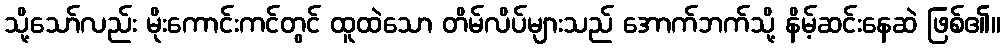
သို့သော်လည်း မိုးကောင်းကင်တွင် ထူထဲသော တိမ်လိပ်များသည် အောက်ဘက်သို့ နိမ့်ဆင်းနေဆဲ ဖြစ်၏။